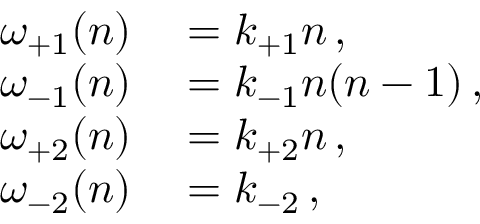
\begin{array} { r l } { \omega _ { + 1 } ( n ) } & { { } = k _ { + 1 } n \, , } \\ { \omega _ { - 1 } ( n ) } & { { } = k _ { - 1 } n ( n - 1 ) \, , } \\ { \omega _ { + 2 } ( n ) } & { { } = k _ { + 2 } n \, , } \\ { \omega _ { - 2 } ( n ) } & { { } = k _ { - 2 } \, , } \end{array}